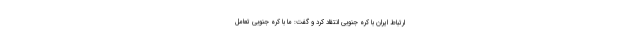
ارتباط ایران با کره جنوبی انتقاد کرد و گفت: ما با کره جنوبی تعامل